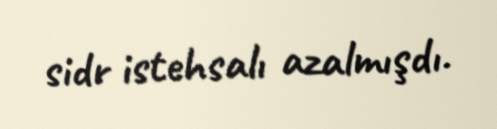
sidr istehsalı azalmışdı.